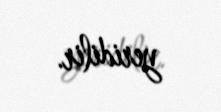
yeridilir.